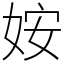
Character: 姲